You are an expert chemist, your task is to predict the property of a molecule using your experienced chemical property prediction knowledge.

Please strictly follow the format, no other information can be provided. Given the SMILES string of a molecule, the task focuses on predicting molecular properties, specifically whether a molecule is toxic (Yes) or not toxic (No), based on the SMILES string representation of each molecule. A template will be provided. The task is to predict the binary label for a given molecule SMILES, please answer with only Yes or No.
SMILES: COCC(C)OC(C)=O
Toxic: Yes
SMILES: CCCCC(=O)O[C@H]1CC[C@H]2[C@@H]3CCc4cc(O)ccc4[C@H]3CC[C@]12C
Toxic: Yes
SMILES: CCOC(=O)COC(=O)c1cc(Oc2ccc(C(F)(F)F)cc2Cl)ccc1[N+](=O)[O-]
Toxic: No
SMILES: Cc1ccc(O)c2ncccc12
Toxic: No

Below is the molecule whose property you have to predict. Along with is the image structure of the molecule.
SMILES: COC(=O)c1c(C)cc(O)c(C)c1O
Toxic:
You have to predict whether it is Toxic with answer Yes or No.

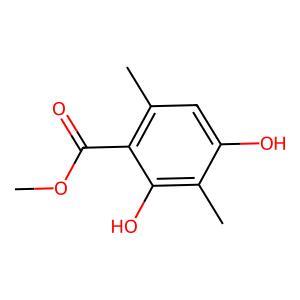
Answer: No